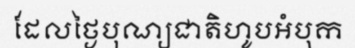
ដែលថ្ងៃបុណ្យជាតិហូបអំបុក